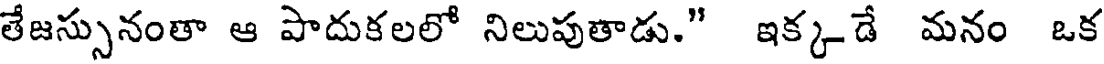
లేజస్సునంతా ఆ పాదుకలలో నిలుపుతాడు." ఇక్కడే మనం ఒక